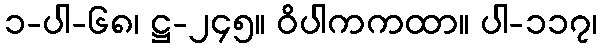
၁-ပါ-၆၈၊ ဋ္ဌ-၂၄၅။ ဝိပါကကထာ။ ပါ-၁၁၇၊